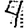
Digit: 4